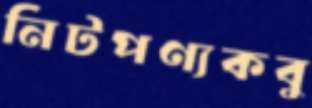
নিটপণ্যকবু